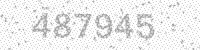
Solution: 487945